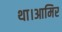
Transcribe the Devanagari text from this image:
था।आमिर